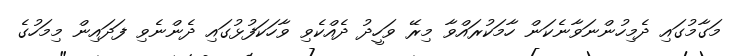
މަގާމުގައި ދެމިހުންނަވާނެކަން ހާމަކުރައްވާ މިރޭ ވަހީދު ދެއްކެވި ވާހަކަފުޅުގައި ދެންނެވި ފަދައިން މިމަހުގެ